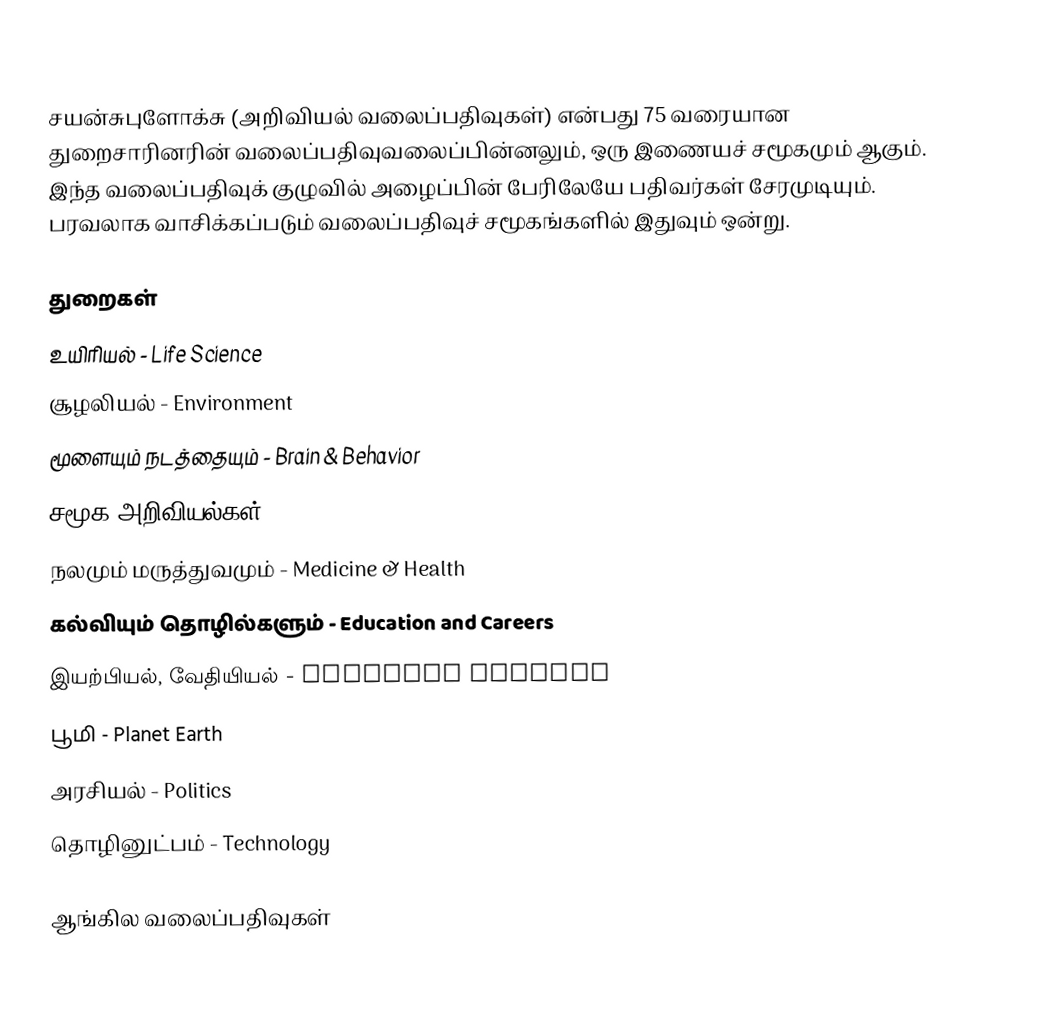
சயன்சுபுளோக்சு (அறிவியல் வலைப்பதிவுகள்) என்பது 75 வரையான துறைசாரினரின் வலைப்பதிவுவலைப்பின்னலும், ஒரு இணையச் சமூகமும் ஆகும்.  இந்த வலைப்பதிவுக் குழுவில் அழைப்பின் பேரிலேயே பதிவர்கள் சேரமுடியும்.  பரவலாக வாசிக்கப்படும் வலைப்பதிவுச் சமூகங்களில் இதுவும் ஒன்று.

துறைகள்
 உயிரியல் - Life Science
 சூழலியல் - Environment
 மூளையும் நடத்தையும் - Brain & Behavior
 சமூக அறிவியல்கள் - Humanities & Social Sciences
 நலமும் மருத்துவமும் - Medicine &  Health
 கல்வியும் தொழில்களும் - Education and Careers
 இயற்பியல், வேதியியல் - Physical Science
 பூமி - Planet Earth
 அரசியல் - Politics
 தொழினுட்பம் - Technology

ஆங்கில வலைப்பதிவுகள்